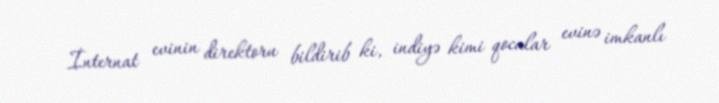
İnternat evinin direktoru bildirib ki, indiyə kimi qocalar evinə imkanlı